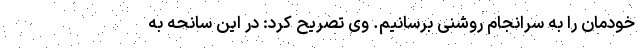
خودمان را به سرانجام روشنی برسانیم. وی تصریح کرد: در این سانحه به